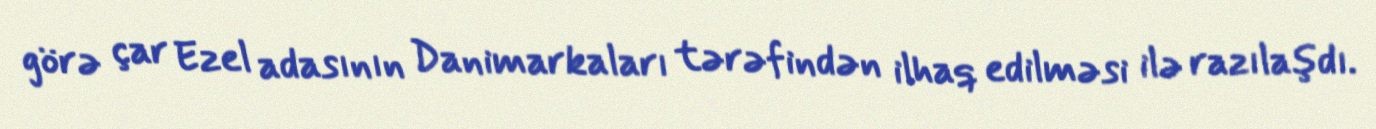
görə çar Ezel adasının Danimarkaları tərəfindən ilhaq edilməsi ilə razılaşdı.